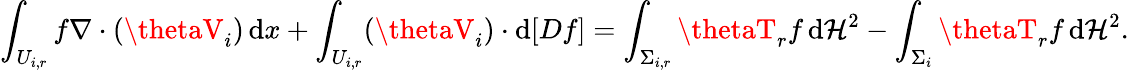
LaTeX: \int_{U_{i,r}}f\nabla\cdot(\thetaV_{i})\, \mathrm{d}x+\int_{U_{i,r}}(\thetaV_{i})\cdot\mathrm{d}[Df]=\int_{\Sigma_{i,r}}\thetaT_{r}f\, \mathrm{d}\mathcal{H}^{2}-\int_{\Sigma_{i}}\thetaT_{r}f\, \mathrm{d}\mathcal{H}^{2}.